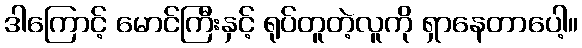
ဒါကြောင့် မောင်ကြီးနှင့် ရုပ်တူတဲ့လူကို ရှာနေတာပေါ့။